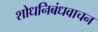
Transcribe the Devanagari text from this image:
शोधनिबंधवाचन